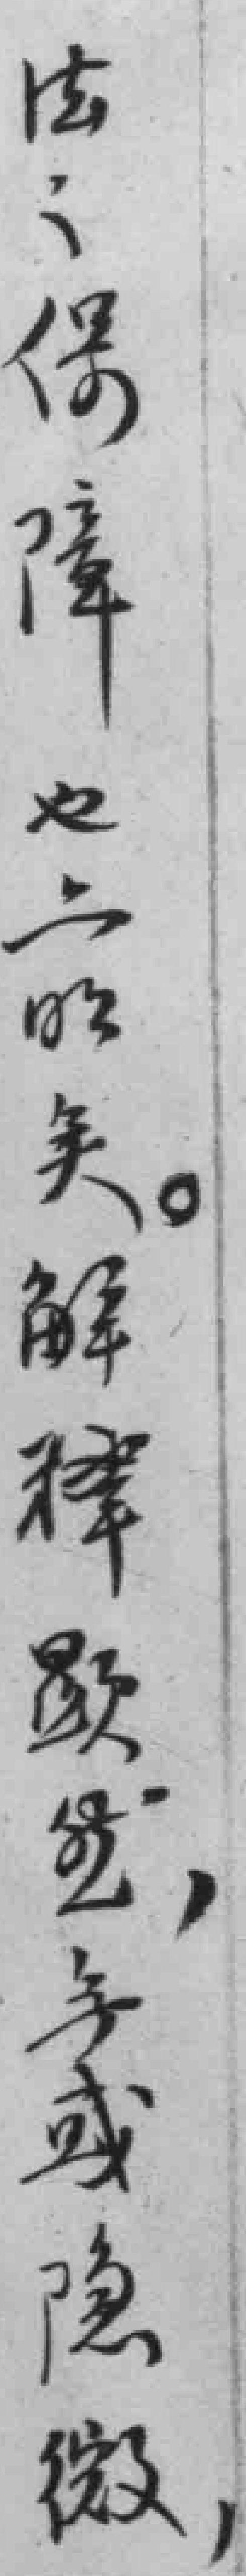
法之保障也*矣。解释*然，無或隐微，